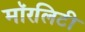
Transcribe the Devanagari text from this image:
मॉरलिटी